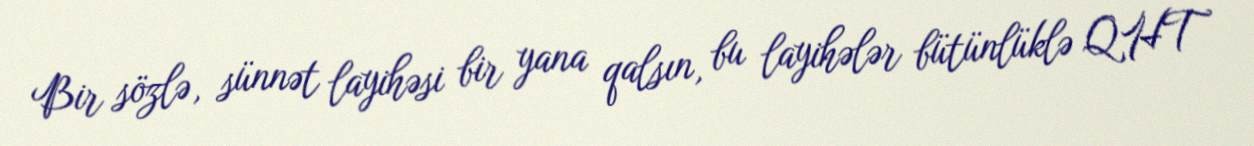
Bir sözlə, sünnət layihəsi bir yana qalsın, bu layihələr bütünlüklə QHT